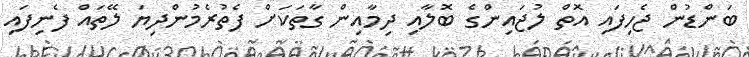
ބަންޑުން ޖެހިފައި އޮތް ލުޖައިންގެ ބޮލާއި ދިމާއިން ގާތަކަށް ފެތުރެމުންދިޔަ ލޭތައް ފެނިފައި